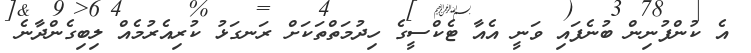
އެ ކުންފުނިން ބުނެފައި ވަނީ އެއާ ޓެކްސީގެ ހިދުމަތްތަކަށް ރަނގަޅު ކުރިއެރުމެއް ލިބިގެންދާނެ